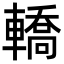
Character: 轎